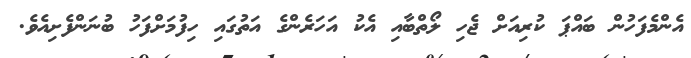
އެންމެފަހުން ބައްޕަ ކުރިއަށް ޖެހި ލޯތްބާއި އެކު އަހަރެންގެ އަތުގައި ހިފުމަށްފަހު ބުނަންފެށިއެވެ.